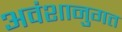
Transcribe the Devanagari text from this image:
अवंशानुगत